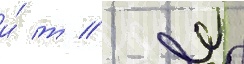
и́ т // Д